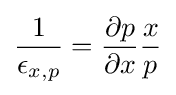
{\frac {1}{\epsilon _{x,p}}}={\frac {\partial p}{\partial x}}{\frac {x}{p}}